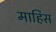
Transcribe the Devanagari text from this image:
माहिस